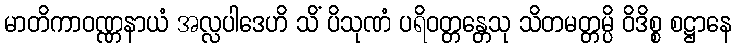
မာတိကာဝဏ္ဏနာယံ အလ္လပါဒေဟိ သိံ ပိသုဏံ ပရိဝတ္တန္တေသု သိတမတ္တမ္ပိ ဝိဒိစ္စ စဋ္ဌာနေ